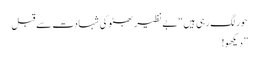
حور لگ رہی ہیں“ بے نظیر بھٹو کی شہادت سے قبل
” دیکھو!